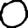
Digit: 0